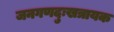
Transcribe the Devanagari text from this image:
जनगणदुःखत्रायक